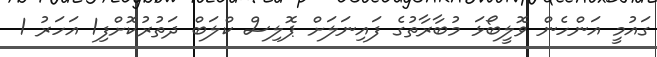
ގައުމީ އަންހެން ވޮލީބޯޅަ މުބާރާތުގެ ފައިނަލަށް ޕޮލިސް ކްލަބް ދަތުރުކޮށްފި1 އަހަރު 1